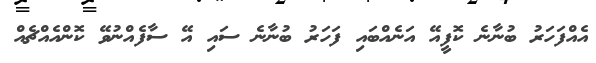
އެއްފަހަރު ބުނާނެ ކޮފީއޭ އަނެއްބައި ފަހަރު ބުނާނެ ސައި އޭ ސާފެއްނުވޭ ކޮންއެއްޗެއް